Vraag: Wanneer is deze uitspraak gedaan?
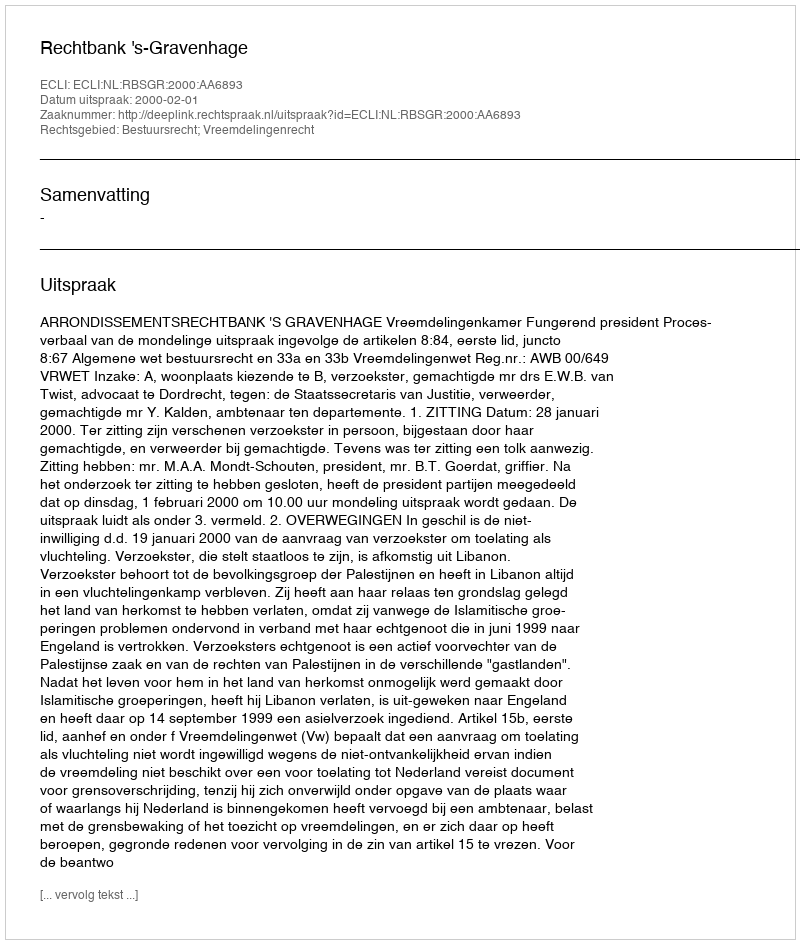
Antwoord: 2000-02-01